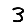
Digit: 3